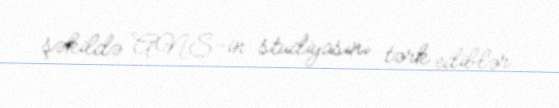
şəkildə ANS-in studiyasını tərk ediblər.